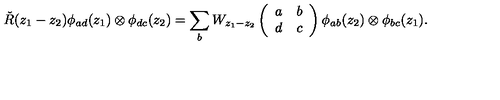
\check { R } ( z _ { 1 } - z _ { 2 } ) \phi _ { a d } ( z _ { 1 } ) \otimes \phi _ { d c } ( z _ { 2 } ) = \sum _ { b } W _ { z _ { 1 } - z _ { 2 } } \left( \begin{array} { c c } { a } & { b } \\ { d } & { c } \\ \end{array} \right) \phi _ { a b } ( z _ { 2 } ) \otimes \phi _ { b c } ( z _ { 1 } ) .